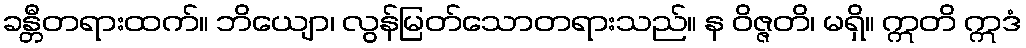
ခန္တီတရားထက်။ ဘိယျော၊ လွန်မြတ်သောတရားသည်။ န ဝိဇ္ဇတိ၊ မရှိ။ ဣတိ ဣဒံ